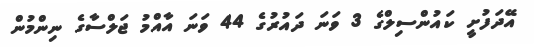
އޭދަފުށީ ކައުންސިލްގެ 3 ވަނަ ދައުރުގެ 44 ވަނަ އާއްމު ޖަލްސާގެ ނިންމުން